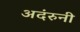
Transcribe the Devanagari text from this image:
अदंरुनी